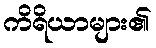
ကိရိယာများ၏